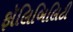
ફૉલિબિલિટી